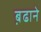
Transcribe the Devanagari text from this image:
ब़ढाने